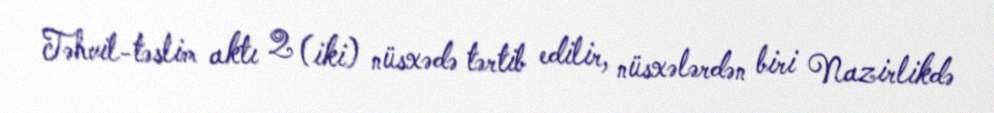
Təhvil-təslim aktı 2 (iki) nüsxədə tərtib edilir, nüsxələrdən biri Nazirlikdə